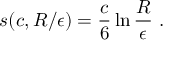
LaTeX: s ( c , R / \epsilon ) = { \frac { c } { 6 } } \ln { \frac { R } { \epsilon } } ~ .